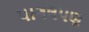
પાગલપણ